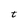
Character: t